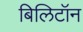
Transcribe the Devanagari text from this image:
बिलिटॉन